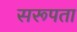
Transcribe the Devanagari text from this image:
सरूपता